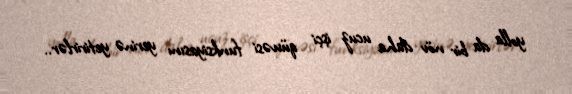
yolla da bir növ daha ucuz işçi qüvvəsi funksiyasını yerinə yetirirlər..